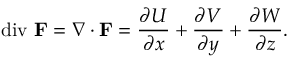
\operatorname { d i v } \, \mathbf { F } = \nabla \cdot \mathbf { F } = { \frac { \partial U } { \partial x } } + { \frac { \partial V } { \partial y } } + { \frac { \partial W } { \partial z } } .